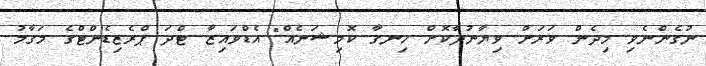
ނުގެންނެވި މިދެން ވަރަށް ވިޔާނުދާކޮށް ހިނގާ ކޮމިޝަނެއް" އެޑްވައިޒާ ޓްދަ ޕްރެޒިޑެންޓްގެ މަގާމު